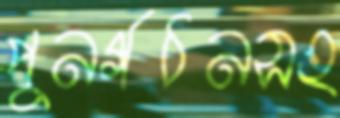
পুনর্গঠনসহ